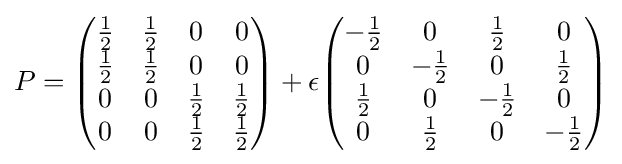
P={\begin{pmatrix}{\frac {1}{2}}&{\frac {1}{2}}&0&0\\{\frac {1}{2}}&{\frac {1}{2}}&0&0\\0&0&{\frac {1}{2}}&{\frac {1}{2}}\\0&0&{\frac {1}{2}}&{\frac {1}{2}}\\\end{pmatrix}}+\epsilon {\begin{pmatrix}-{\frac {1}{2}}&0&{\frac {1}{2}}&0\\0&-{\frac {1}{2}}&0&{\frac {1}{2}}\\{\frac {1}{2}}&0&-{\frac {1}{2}}&0\\0&{\frac {1}{2}}&0&-{\frac {1}{2}}\\\end{pmatrix}}